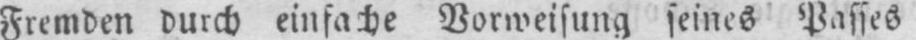
Fremden durch einfache Vorweisung seines Passes